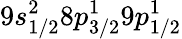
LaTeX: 9s_{1/2}^{2}8p_{3/2}^{1}9p_{1/2}^{1}